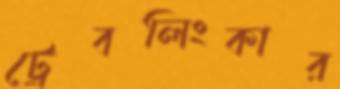
ট্রেবলিংকার